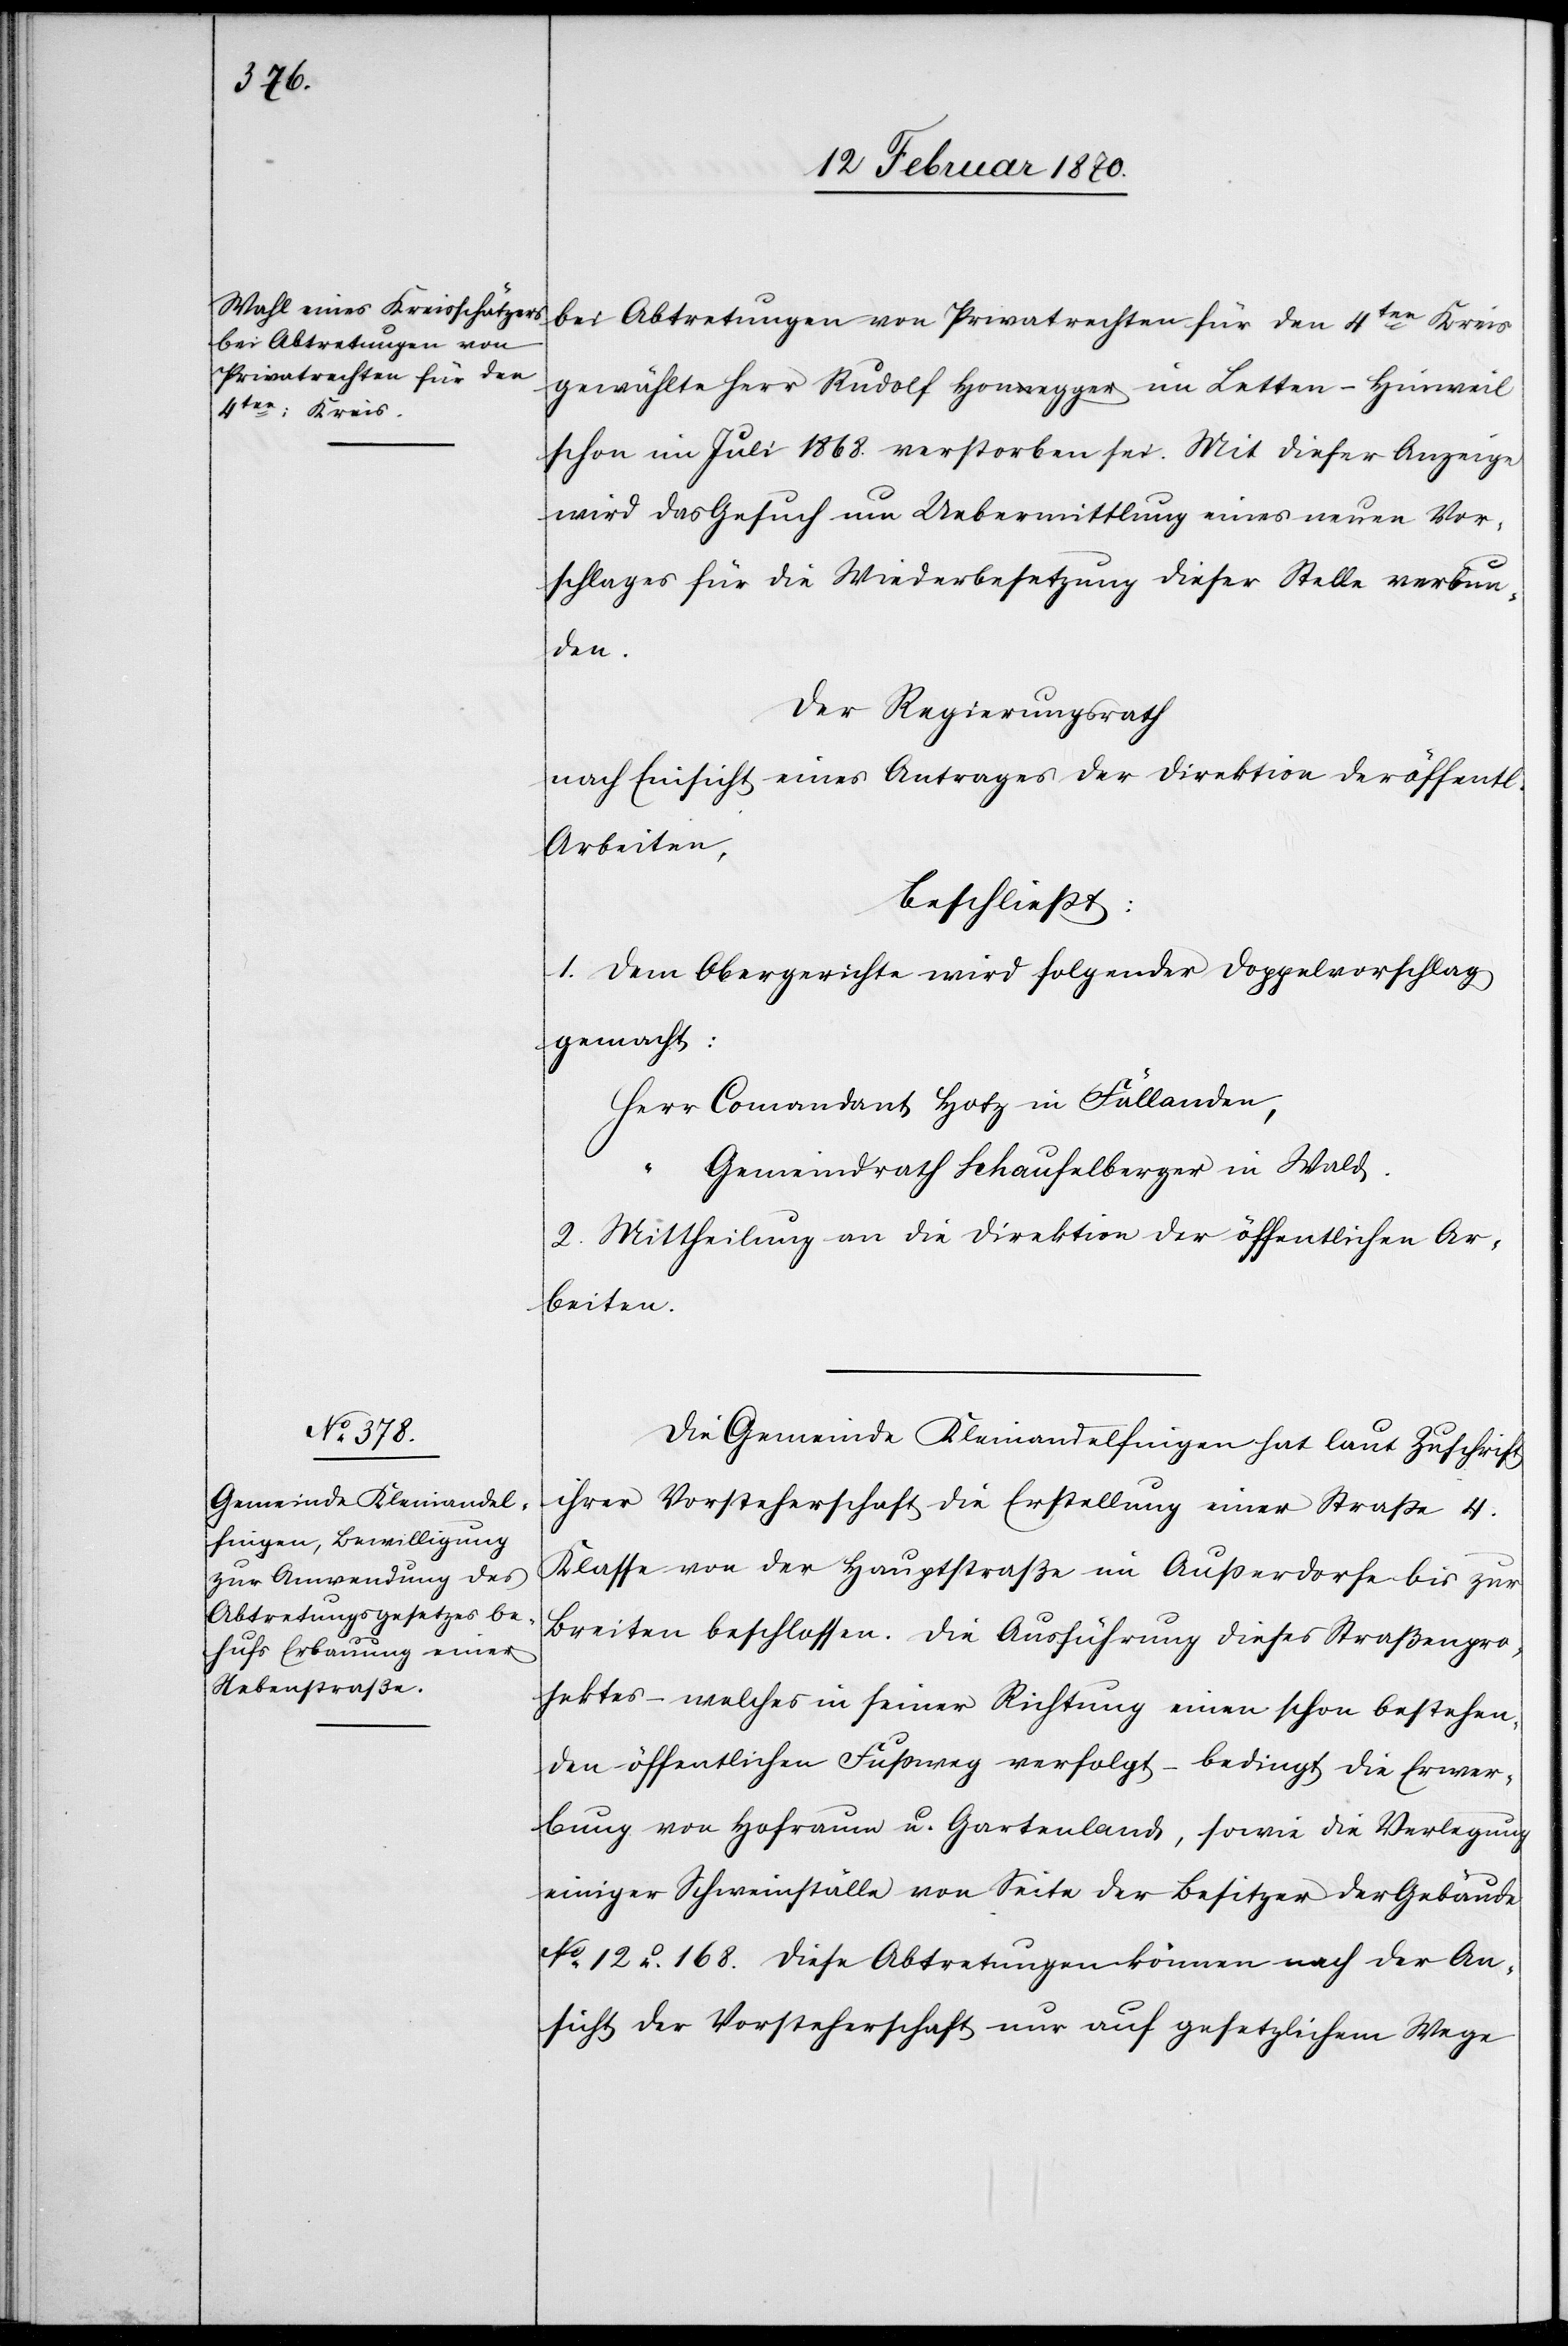
der Abtretungen von Privatrechten für den 4ten Kreis
gewählte Herr Rudolf Honegger im Letten-Hinweil
schon im Juli 1868. verstorben sei. Mit dieser Anzeige
wird das Gesuch um Uebermittlung eines neuen Vor¬
schlages für die Wiederbesetzung dieser Stelle verbun¬
den.
Der Regierungsrath
nach Einsicht eines Antrages der Direktion der öffentl.
Arbeiten,
beschliesst:
1. Dem Obergerichte wird folgender Doppelvorschlag
gemacht:
Herr Comandant Hotz in Fällanden,
“ Gemeindrath Schaufelberger in Wald.
2. Mittheilung an die Direktion der öffentlichen Ar¬
beiten.
Die Gemeinde Kleinandelfingen hat laut Zuschrift
ihrer Vorsteherschaft die Erstellung einer Strasse 4.
Klasse von der Hauptstraße im Ausserdorfe bis zur
Breiten beschlossen. Die Ausführung dieses Straßenpro¬
jektes – welches in seiner Richtung einen schon bestehen¬
den öffentlichen Fussweg verfolgt – bedingt die Erwer¬
bung von Hofraum u. Gartenland, sowie die Verlegung
einiger Schweinställe von Seite der Besitzer der Gebäude
No 12 u. 168. Dies Abtretungen können nach der An¬
sicht der Vorsteherschaft nur auf gesetzlichem Wege